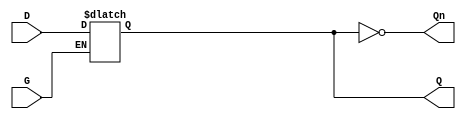
module dual_input_gated_latch (
    input wire D,     // Data input
    input wire G,     // Gate/control input
    output reg Q,     // Output
    output wire Qn    // Inverted output (Q')
);

    // Always block to model the behavior of the gated latch
    always @ (D or G) begin
        if (G) begin
            Q <= D; // When G is high, output follows D
        end
        // When G is low, Q retains its value
    end

    assign Qn = ~Q; // Inverted output

endmodule